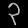
Digit: ၃